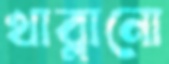
খাব্‌লানো